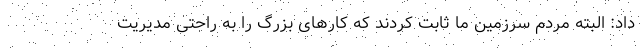
داد: البته مردم سرزمین ما ثابت کردند که کارهای بزرگ را به راحتی مدیریت